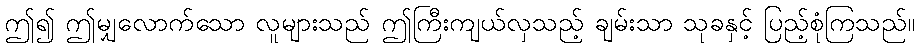
ဤ၍ ဤမျှလောက်သော လူများသည် ဤကြီးကျယ်လှသည့် ချမ်းသာ သုခနှင့် ပြည့်စုံကြသည်။